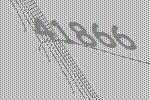
41866